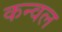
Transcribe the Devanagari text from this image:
कन्वल